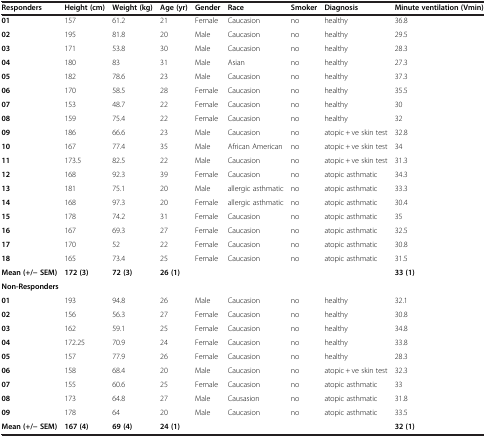
<table><thead><tr><td><b>Responders</b></td><td><b>Height (cm)</b></td><td><b>Weight (kg)</b></td><td><b>Age (yr)</b></td><td><b>Gender</b></td><td><b>Race</b></td><td><b>Smoker</b></td><td><b>Diagnosis</b></td><td><b>Minute ventilation (Vmin)</b></td></tr></thead><tbody><tr><td><b>01</b></td><td>157</td><td>61.2</td><td>21</td><td>Female</td><td>Caucasion</td><td>no</td><td>healthy</td><td>36.8</td></tr><tr><td><b>02</b></td><td>195</td><td>81.8</td><td>20</td><td>Male</td><td>Caucasion</td><td>no</td><td>healthy</td><td>29.5</td></tr><tr><td><b>03</b></td><td>171</td><td>53.8</td><td>30</td><td>Male</td><td>Caucasion</td><td>no</td><td>healthy</td><td>28.3</td></tr><tr><td><b>04</b></td><td>180</td><td>83</td><td>31</td><td>Male</td><td>Asian</td><td>no</td><td>healthy</td><td>27.3</td></tr><tr><td><b>05</b></td><td>182</td><td>78.6</td><td>23</td><td>Male</td><td>Caucasion</td><td>no</td><td>healthy</td><td>37.3</td></tr><tr><td><b>06</b></td><td>170</td><td>58.5</td><td>28</td><td>Female</td><td>Caucasion</td><td>no</td><td>healthy</td><td>35.5</td></tr><tr><td><b>07</b></td><td>153</td><td>48.7</td><td>22</td><td>Female</td><td>Caucasion</td><td>no</td><td>healthy</td><td>30</td></tr><tr><td><b>08</b></td><td>159</td><td>75.4</td><td>22</td><td>Female</td><td>Caucasion</td><td>no</td><td>healthy</td><td>32</td></tr><tr><td><b>09</b></td><td>186</td><td>66.6</td><td>23</td><td>Male</td><td>Caucasion</td><td>no</td><td>atopic + ve skin test</td><td>32.8</td></tr><tr><td><b>10</b></td><td>167</td><td>77.4</td><td>35</td><td>Male</td><td>African American</td><td>no</td><td>atopic + ve skin test</td><td>34</td></tr><tr><td><b>11</b></td><td>173.5</td><td>82.5</td><td>22</td><td>Male</td><td>Caucasion</td><td>no</td><td>atopic + ve skin test</td><td>31.3</td></tr><tr><td><b>12</b></td><td>168</td><td>92.3</td><td>39</td><td>Female</td><td>Caucasion</td><td>no</td><td>atopic asthmatic</td><td>34.3</td></tr><tr><td><b>13</b></td><td>181</td><td>75.1</td><td>20</td><td>Male</td><td>allergic asthmatic</td><td>no</td><td>atopic asthmatic</td><td>33.3</td></tr><tr><td><b>14</b></td><td>168</td><td>97.3</td><td>20</td><td>Female</td><td>allergic asthmatic</td><td>no</td><td>atopic asthmatic</td><td>30.4</td></tr><tr><td><b>15</b></td><td>178</td><td>74.2</td><td>31</td><td>Female</td><td>Caucasion</td><td>no</td><td>atopic asthmatic</td><td>35</td></tr><tr><td><b>16</b></td><td>167</td><td>69.3</td><td>27</td><td>Female</td><td>Caucasion</td><td>no</td><td>atopic asthmatic</td><td>32.5</td></tr><tr><td><b>17</b></td><td>170</td><td>52</td><td>22</td><td>Female</td><td>Caucasion</td><td>no</td><td>atopic asthmatic</td><td>30.8</td></tr><tr><td><b>18</b></td><td>165</td><td>73.4</td><td>25</td><td>Female</td><td>Caucasion</td><td>no</td><td>atopic asthmatic</td><td>31.5</td></tr><tr><td><b>Mean (+/− SEM)</b></td><td><b>172 (3)</b></td><td><b>72 (3)</b></td><td><b>26 (1)</b></td><td> </td><td> </td><td> </td><td> </td><td><b>33 (1)</b></td></tr><tr><td colspan="9"><b>Non-Responders</b></td></tr><tr><td><b>01</b></td><td>193</td><td>94.8</td><td>26</td><td>Male</td><td>Caucasion</td><td>no</td><td>healthy</td><td>32.1</td></tr><tr><td><b>02</b></td><td>156</td><td>56.3</td><td>27</td><td>Female</td><td>Caucasion</td><td>no</td><td>healthy</td><td>30.8</td></tr><tr><td><b>03</b></td><td>162</td><td>59.1</td><td>25</td><td>Female</td><td>Caucasion</td><td>no</td><td>healthy</td><td>34.8</td></tr><tr><td><b>04</b></td><td>172.25</td><td>70.9</td><td>24</td><td>Female</td><td>Caucasion</td><td>no</td><td>healthy</td><td>33.8</td></tr><tr><td><b>05</b></td><td>157</td><td>77.9</td><td>26</td><td>Female</td><td>Caucasion</td><td>no</td><td>healthy</td><td>28.3</td></tr><tr><td><b>06</b></td><td>158</td><td>68.4</td><td>20</td><td>Male</td><td>Caucasion</td><td>no</td><td>atopic + ve skin test</td><td>32.3</td></tr><tr><td><b>07</b></td><td>155</td><td>60.6</td><td>25</td><td>Female</td><td>Caucasion</td><td>no</td><td>atopic asthmatic</td><td>33</td></tr><tr><td><b>08</b></td><td>173</td><td>64.8</td><td>27</td><td>Male</td><td>Causasion</td><td>no</td><td>atopic asthmatic</td><td>31.8</td></tr><tr><td><b>09</b></td><td>178</td><td>64</td><td>20</td><td>Male</td><td>Caucasion</td><td>no</td><td>atopic asthmatic</td><td>33.5</td></tr><tr><td><b>Mean (+/− SEM)</b></td><td><b>167 (4)</b></td><td><b>69 (4)</b></td><td><b>24 (1)</b></td><td> </td><td> </td><td> </td><td> </td><td><b>32 (1)</b></td></tr></tbody></table>